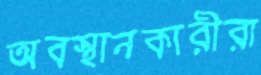
অবস্থানকারীরা